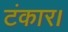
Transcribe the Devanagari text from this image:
टंकार।